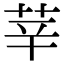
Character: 𦭱